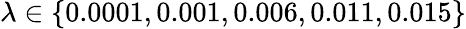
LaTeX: \lambda\in\{ 0.0001,0.001,0.006,0.011,0.015\}